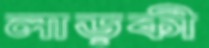
লাড়কী